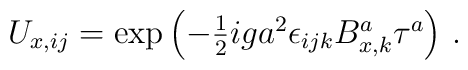
U_{x,ij} = \exp\left(            - \textstyle{{1\over 2}} i g a^2 \epsilon_{ijk} B^a_{x,k} \tau^a                  \right) \,.